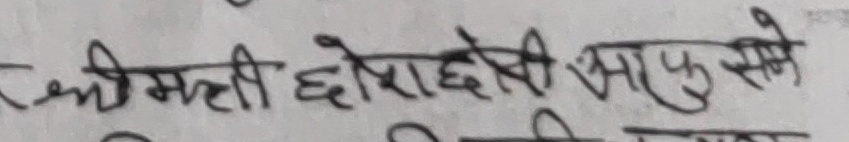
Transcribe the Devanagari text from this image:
श्रीमती छोरादेवी सारुसे